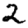
Digit: 2